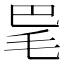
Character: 𣬷